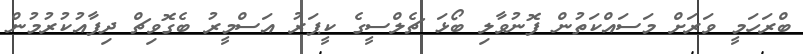
ބްރަހަމީ ވަރަށް މަސައްކަތުން ފޮނުވާލި ބޯޅަ ޗެލްސީގެ ކީޕަރު އަސްމީރު ބެގޮވިޗް ދިފާއުކުރުމުން